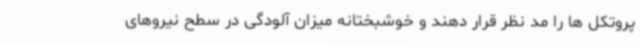
پروتکل ها را مد نظر قرار دهند و خوشبختانه میزان آلودگی در سطح نیروهای